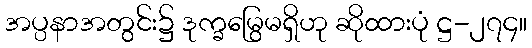
အပ္ပနာအတွင်း၌ ဒုက္ခမြွေမရှိဟု ဆိုထားပုံ ဋ္ဌ-၂၇၄။